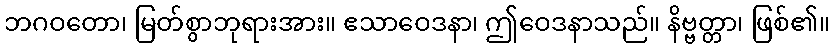
ဘဂဝတော၊ မြတ်စွာဘုရားအား။ ဧသာဝေဒနာ၊ ဤဝေဒနာသည်။ နိဗ္ဗတ္တာ၊ ဖြစ်၏။